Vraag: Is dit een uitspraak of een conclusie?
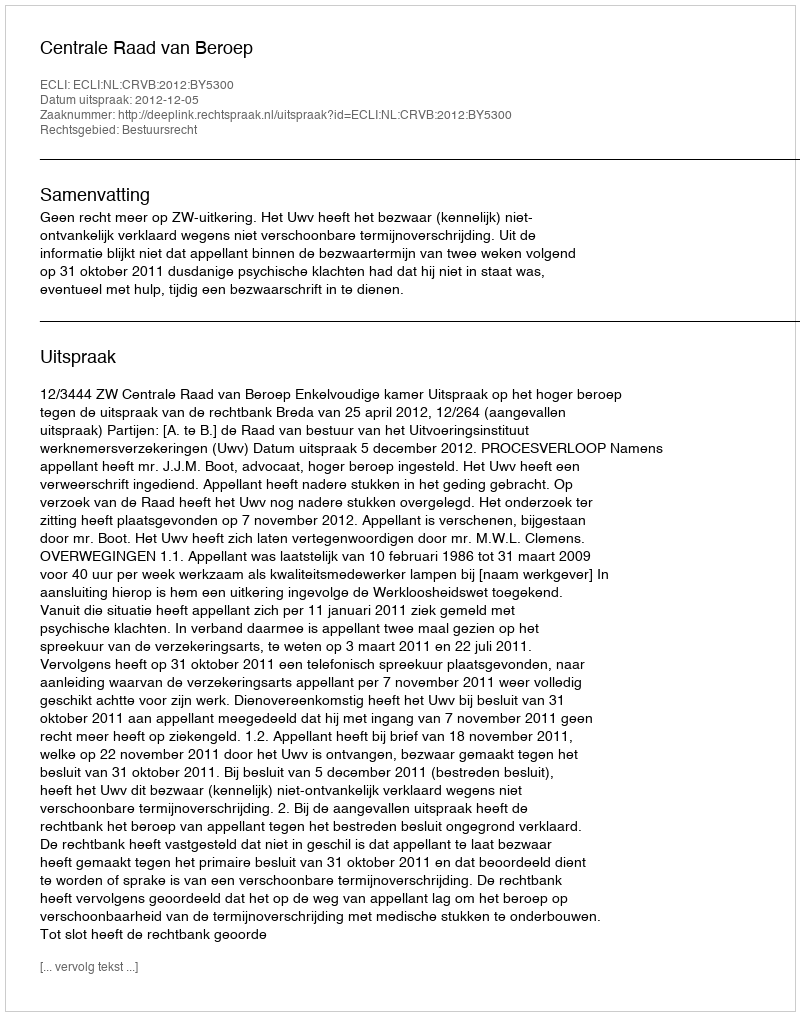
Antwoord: Uitspraak